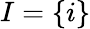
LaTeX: I=\left\{ i\right\}